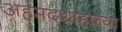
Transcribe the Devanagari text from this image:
अहमदशाहाच्या